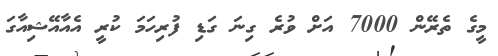
މީގެ ތެރޭން 7000 އަށް ވުރެ ގިނަ ގަޑި ފުރިހަމަ ކުރީ އެއާއޭޝިއާގަ